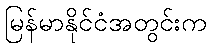
မြန်မာနိုင်ငံအတွင်းက